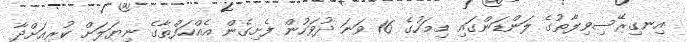
އިނގިރޭސިވިލާތުގެ ލަންޑަންގައި މިމަހުގެ 16 ވަނަ ދުވަހުން ފެށިގެން އެއްހަފްތާގެ ނިޔަލަށް ކުރިއަށްދާ